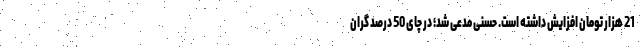
21 هزار تومان افزایش داشته است. حسنی مدعی شد؛ در چای 50 درصد گران